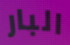
البار